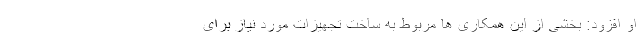
او افزود: بخشی از این همکاری ها مربوط به ساخت تجهیزات مورد نیاز برای